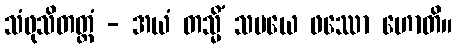
သံဖုသိတတ္တံ - အယံ တသ္မိံ သမယေ ဖဿော ဟောတိ။